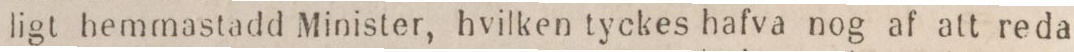
ligt hemmastadd Minister, hvilken tyckes hafva nog af att reda